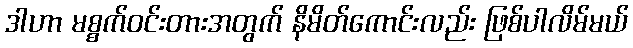
ဒါဟာ မစ္စက်ဝင်းတားအတွက် နိမိတ်ကောင်းလည်း ဖြစ်ပါလိမ်မယ်